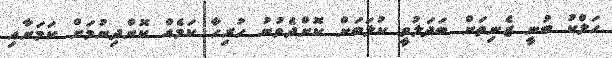
ހަލްކު ބުނީ ޒެނިތަށް ބަދަލުވީ ކުލަބަށް ކޮށްދެވުނު ހުރިހާ ކަމެއް ކޮށްދިނުމަށް ކަމަށާއި